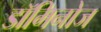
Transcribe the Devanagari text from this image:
डॉमिनोज